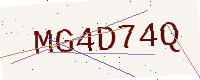
Text: MG4D74Q